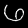
Digit: 6